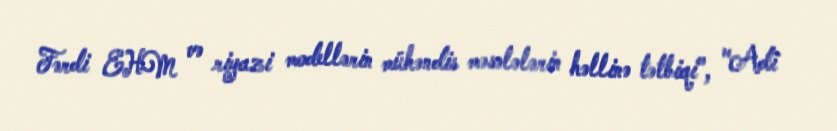
Fərdi EHM və riyazi modellərin mühəndis məsələlərin həllinə tətbiqi", "Adi